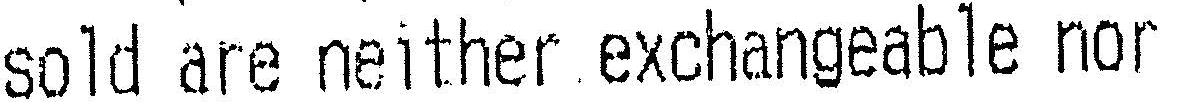
SOLD ARE NEITHER EXCHANGEABLE NOR